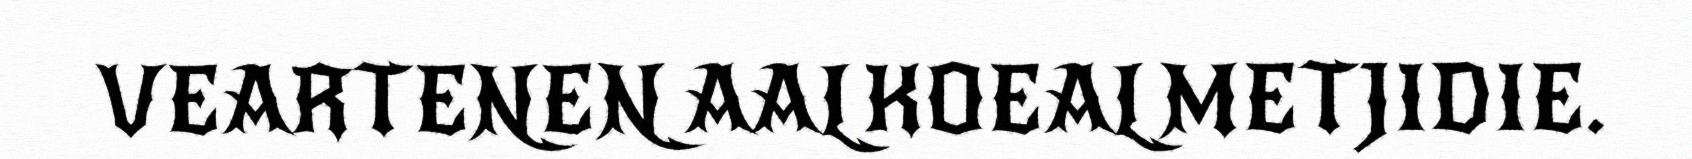
VEARTENEN AALKOEALMETJIDIE.